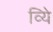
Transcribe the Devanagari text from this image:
व्यिे